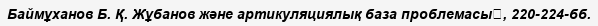
Баймұханов Б. Қ. Жұбанов және артикуляциялық база проблемасы	, 220-224-бб.